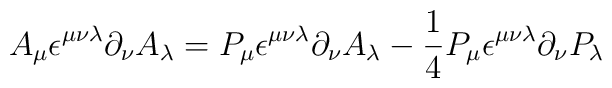
A_\mu \epsilon^{\mu \nu \lambda} \partial_\nu A_ \lambda = P_\mu \epsilon^{\mu \nu \lambda} \partial_\nu A_\lambda -\frac{1}{4} P_\mu \epsilon^{\mu \nu \lambda} \partial_\nu P_\lambda